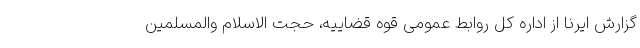
گزارش ایرنا از اداره کل روابط عمومی قوه قضاییه، حجت الاسلام والمسلمین